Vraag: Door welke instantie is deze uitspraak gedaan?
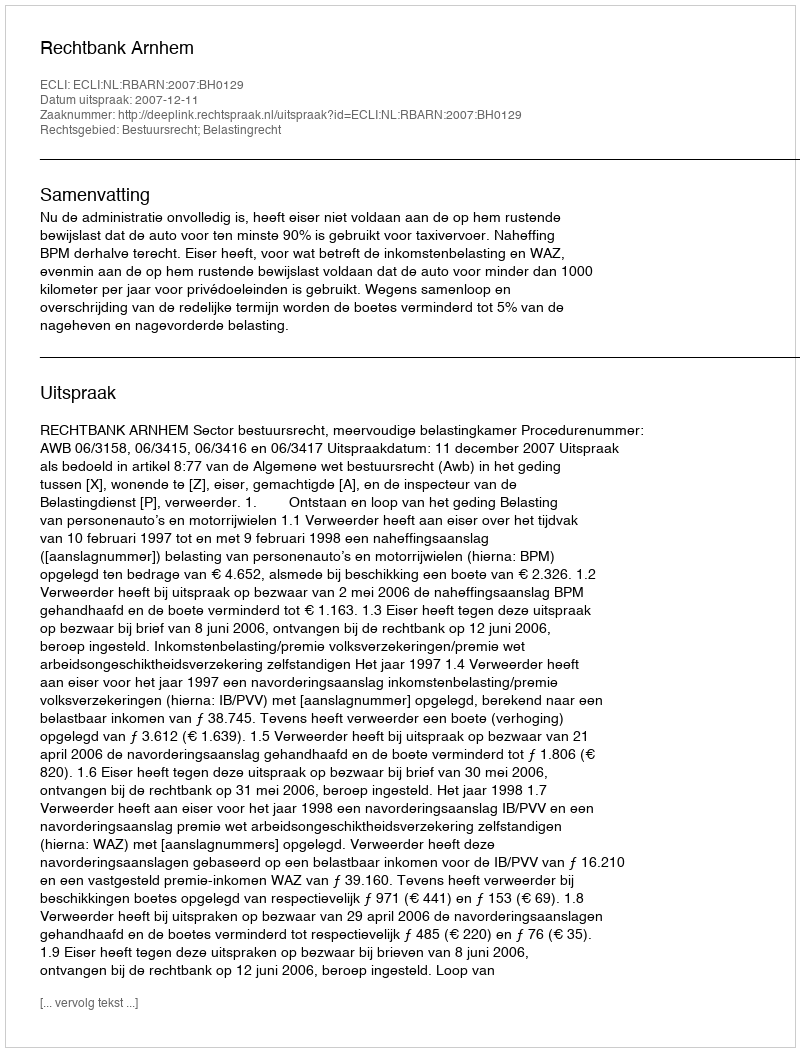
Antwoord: Rechtbank Arnhem